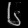
Digit: ၆